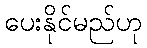
ပေးနိုင်မည်ဟု